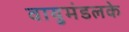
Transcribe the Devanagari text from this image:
वायुमंडलके